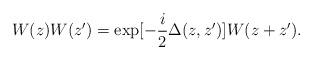
LaTeX: \begin{align*}W(z)W(z^{\prime })=\exp [-\frac{i}{2}\Delta (z,z^{\prime })]W(z+z^{\prime }).\end{align*}